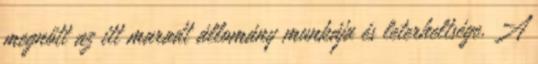
megnőtt az itt maradt állomány munkája és leterheltsége. A